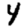
Digit: 4